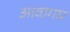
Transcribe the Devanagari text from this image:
आवागम